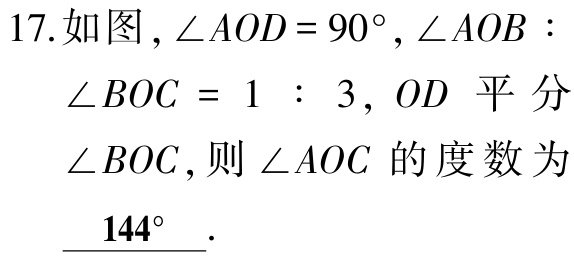
17.如图，\(\angle AOD = 90^{\circ}\)，\(\angle AOB:\angle BOC = 1:3\)，\(OD\)平分\(\angle BOC\)，则\(\angle AOC\)的度数为 \(\underline{144^{\circ}}\).